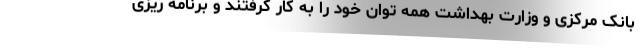
بانک مرکزی و وزارت بهداشت همه توان خود را به کار گرفتند و برنامه ریزی